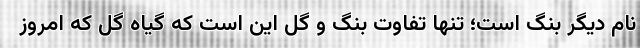
نام دیگر بنگ است؛ تنها تفاوت بنگ و گل‌ این است که گیاه گل که امروز